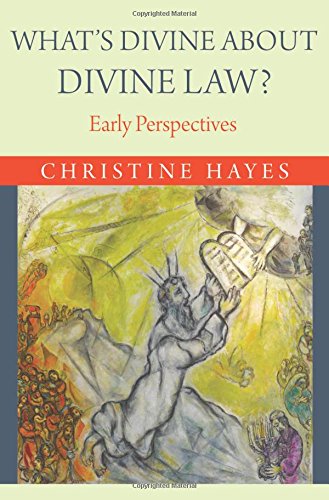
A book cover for What's Divine about Divine Law?: Early Perspectives; Christine Hayes; History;